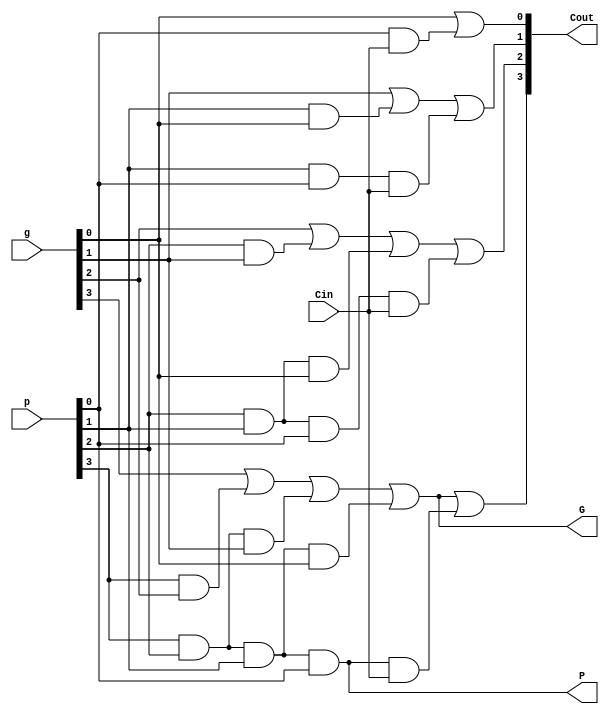
module carry_lookahead_logic_4bit(Cin, Cout, g, p, G, P);
    input Cin;
    input [3:0] g;
    input [3:0] p;

    output [3:0] Cout;
    output G;
    output P;

    assign Cout[0] = g[0] | p[0] & Cin;
    assign Cout[1] = g[1] | p[1] & g[0] | p[1] & p[0] & Cin;
    assign Cout[2] = g[2] | p[2] & g[1] | p[2] & p[1] & g[0] | p[2] & p[1] & p[0] & Cin;
    assign Cout[3] = g[3] | p[3] & g[2] | p[3] & p[2] & g[1] | p[3] & p[2] & p[1] & g[0] | p[3] & p[2] & p[1] & p[0] & Cin;

    assign G = g[3] | p[3] & g[2] | p[3] & p[2] & g[1] | p[3] & p[2] & p[1] & g[0];
    assign P = p[3] & p[2] & p[1] & p[0];

endmodule